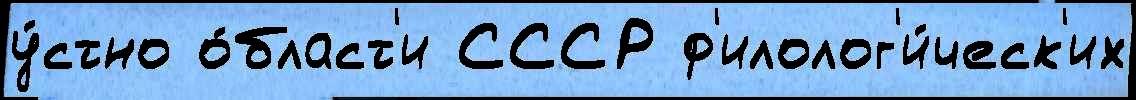
у́стно о́бласт'и СССР ф'илолог'и́ческ'их